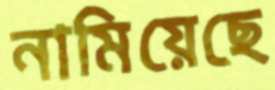
নামিয়েছে